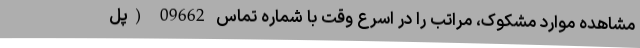
مشاهده موارد مشکوک، مراتب را در اسرع وقت با شماره تماس 09662 (پل